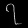
Digit: ၇